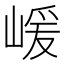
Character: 嵈